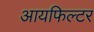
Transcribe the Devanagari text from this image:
आयफिल्टर